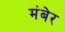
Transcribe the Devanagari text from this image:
मंबेर